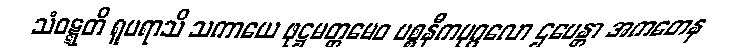
သံဝဋ္ဋတိ ရူပရာသိ သကာယေ ဖုဋ္ဌမတ္တမေဝ ပစ္စနီကပုဂ္ဂလော ဌပေန္တာ အကတေန